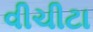
વીચીટા